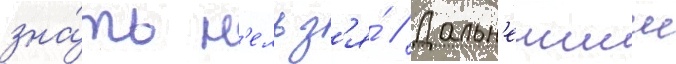
зна́ть н'ельз'я́ // Дальн'еишии